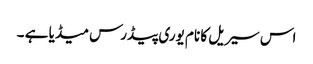
اس سیریل کا نام یوری پیڈرس میڈیا ہے ۔